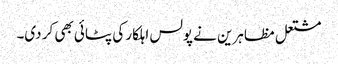
مشتعل مظاہرین نے پولس اہلکار کی پٹائی بھی کر دی۔